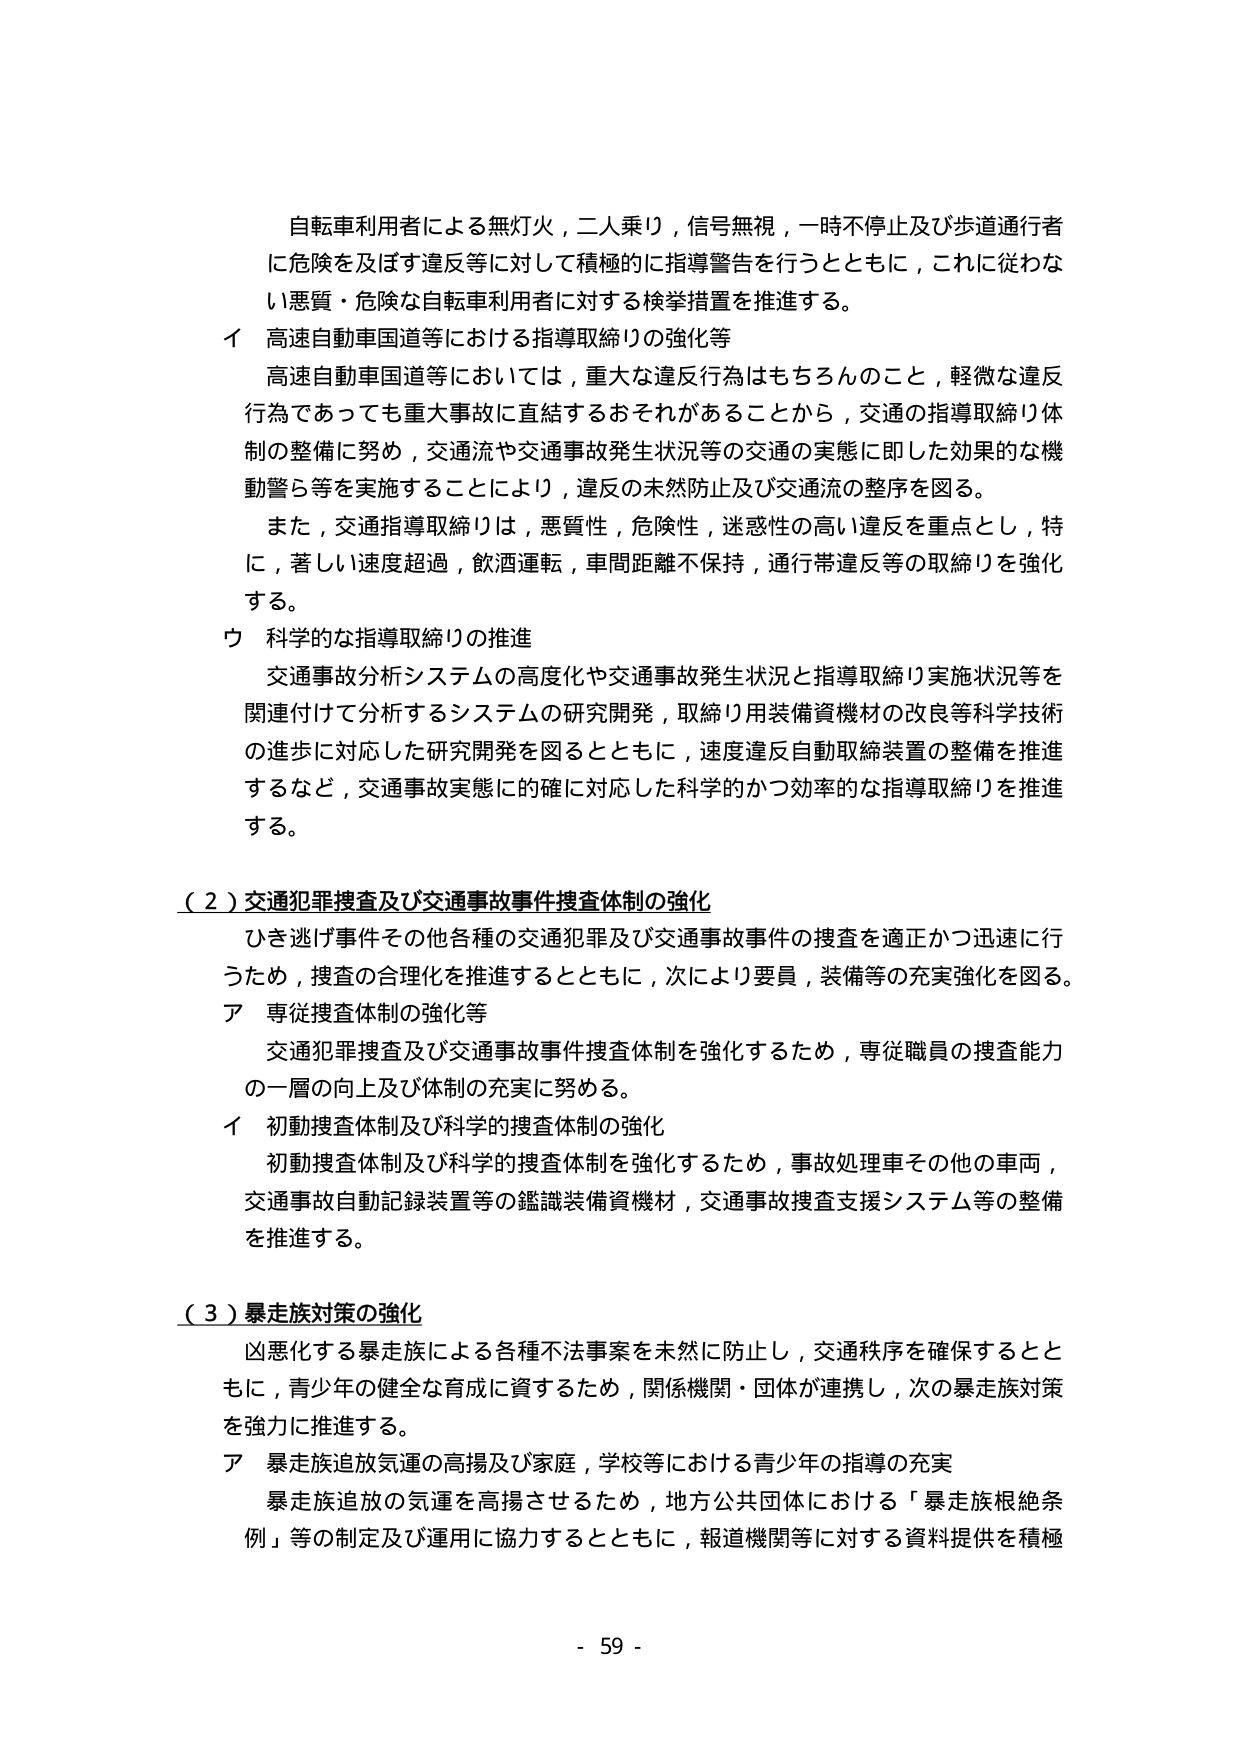
自転車利用者による無灯火，二人乗り，信号無視，一時不停止及び歩道通行者
に危険を及ぼす違反等に対して積極的に指導警告を行うとともに，これに従わな
い悪質・危険な自転車利用者に対する検挙措置を推進する。
イ 高速自動車国道等における指導取締りの強化等
高速自動車国道等においては，重大な違反行為はもちろんのこと，軽微な違反
行為であっても重大事故に直結するおそれがあることから，交通の指導取締り体
制の整備に努め，交通流や交通事故発生状況等の交通の実態に即した効果的な機
動警ら等を実施することにより，違反の未然防止及び交通流の整序を図る。
また，交通指導取締りは，悪質性，危険性，迷惑性の高い違反を重点とし，特
に，著しい速度超過，飲酒運転，車間距離不保持，通行帯違反等の取締りを強化
する。
ウ 科学的な指導取締りの推進
交通事故分析システムの高度化や交通事故発生状況と指導取締り実施状況等を
関連付けて分析するシステムの研究開発，取締り用装備資機材の改良等科学技術
の進歩に対応した研究開発を図るとともに，速度違反自動取締装置の整備を推進
するなど，交通事故実態に的確に対応した科学的かつ効率的な指導取締りを推進
する。
（２）交通犯罪捜査及び交通事故事件捜査体制の強化
ひき逃げ事件その他各種の交通犯罪及び交通事故事件の捜査を適正かつ迅速に行
うため，捜査の合理化を推進するとともに，次により要員，装備等の充実強化を図る。
ア 専従捜査体制の強化等
交通犯罪捜査及び交通事故事件捜査体制を強化するため，専従職員の捜査能力
の一層の向上及び体制の充実に努める。
イ 初動捜査体制及び科学的捜査体制の強化
初動捜査体制及び科学的捜査体制を強化するため，事故処理車その他の車両，
交通事故自動記録装置等の鑑識装備資機材，交通事故捜査支援システム等の整備
を推進する。
（３）暴走族対策の強化
凶悪化する暴走族による各種不法事案を未然に防止し，交通秩序を確保すると
ともに，青少年の健全な育成に資するため，関係機関・団体が連携し，次の暴走族対策
を強力に推進する。
ア 暴走族追放気運の高揚及び家庭，学校等における青少年の指導の充実
暴走族追放の気運を高揚させるため，地方公共団体における「暴走族根絶条
例」等の制定及び運用に協力するとともに，報道機関等に対する資料提供を積極
- 59 -